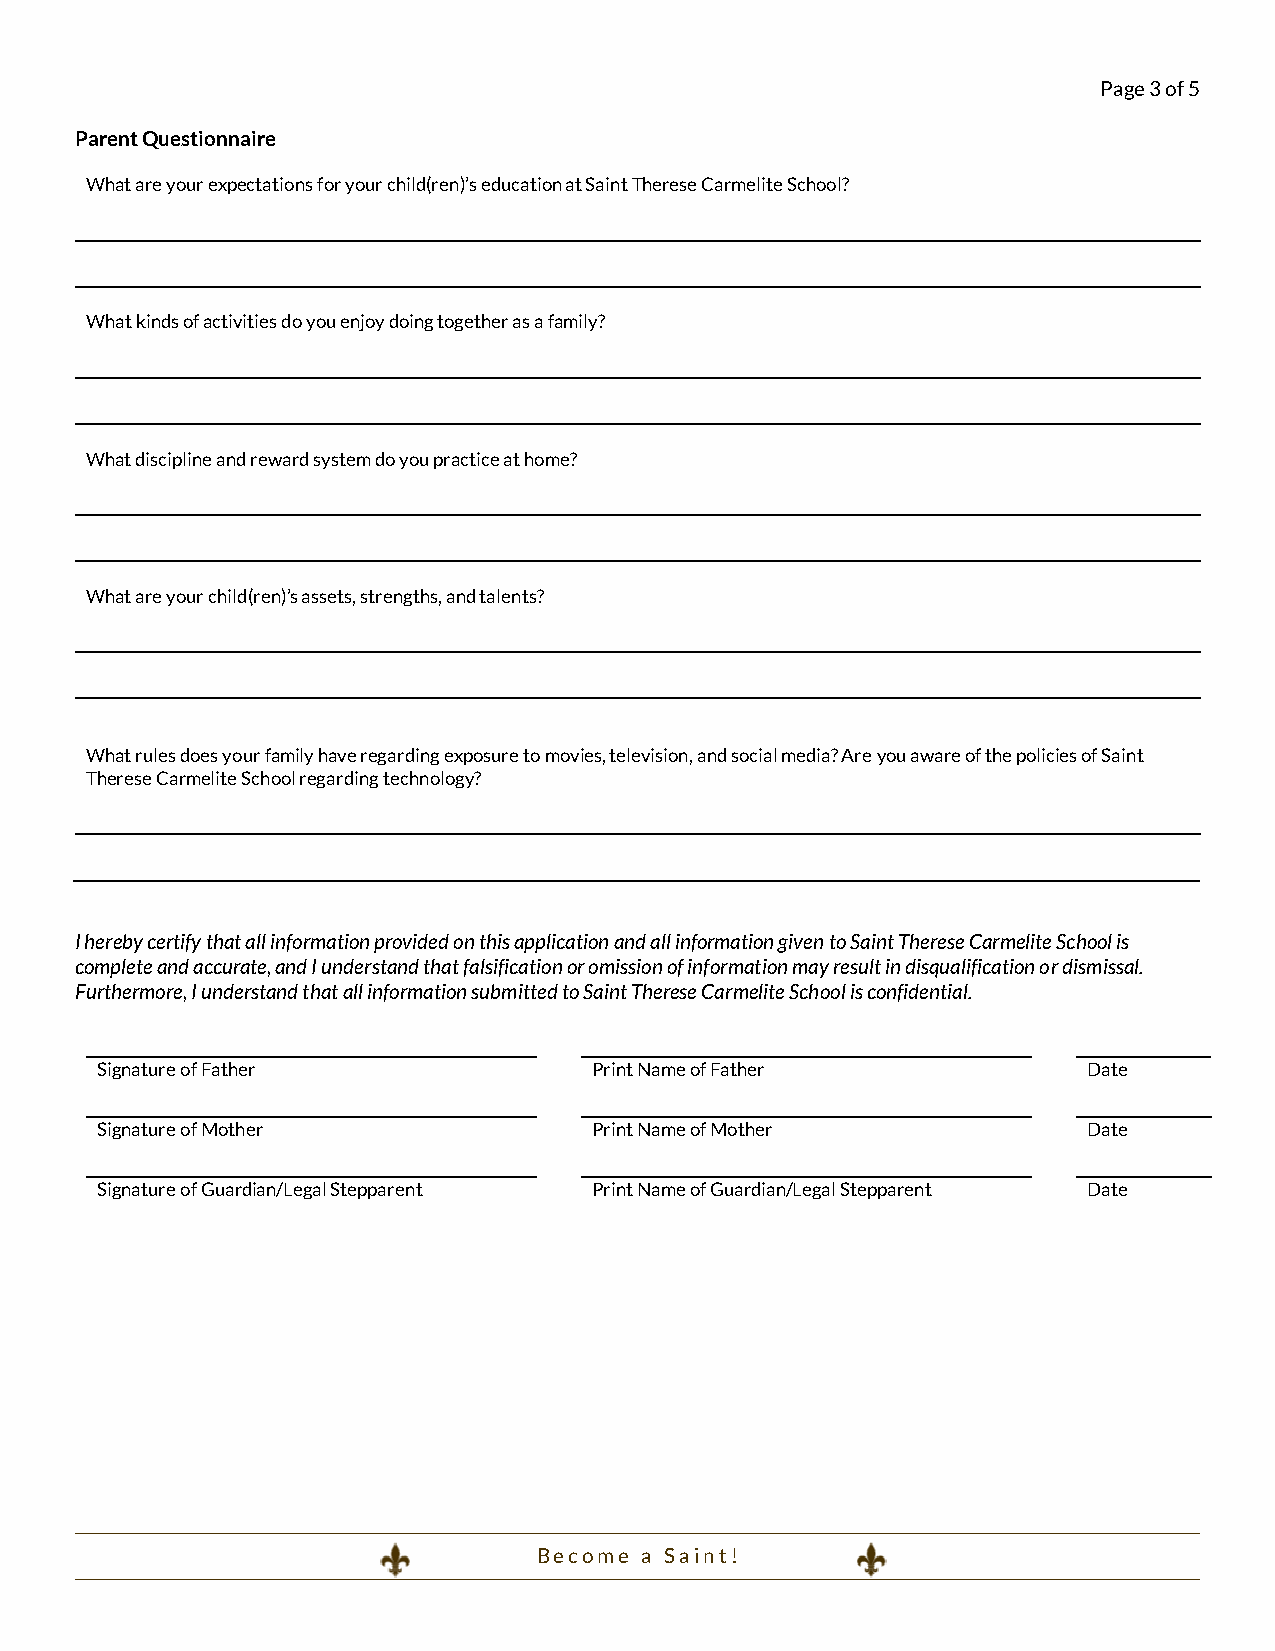
Page 3 of 5
 Parent Questionnaire
 What are your expectations for your child(ren)’s education at Saint Therese Carmelite School?
 What kinds of activities do you enjoy doing together as a family?
 What discipline and reward system do you practice at home?
 What are your child(ren)’s assets, strengths, and talents?
 What rules does your family have regarding exposure to movies, television, and social media? Are you aware of the policies of Saint
 Therese Carmelite School regarding technology?
 I hereby certify that all information provided on this application and all information given to Saint Therese Carmelite School is
 complete and accurate, and I understand that falsification or omission of information may result in disqualification or dismissal.
 Furthermore, I understand that all information submitted to Saint Therese Carmelite School is confidential.
 Signature of Father              Print Name of Father             Date
 Signature of Mother              Print Name of Mother             Date
 Signature of Guardian/Legal Stepparent Print Name of Guardian/Legal Stepparent Date
 B e c o m e a S a i n t !